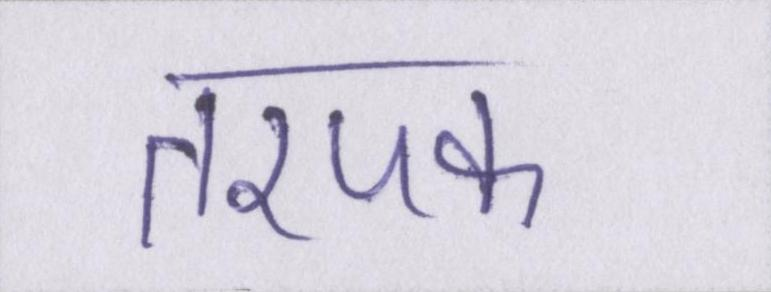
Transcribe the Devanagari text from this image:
तरपफ